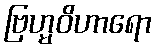
ဗြဟ္မဝိဟာရော